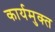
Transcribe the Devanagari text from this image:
कार्यमुक्‍त